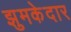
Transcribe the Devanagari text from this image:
झुमकेदार